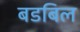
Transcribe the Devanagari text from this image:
बडबिल